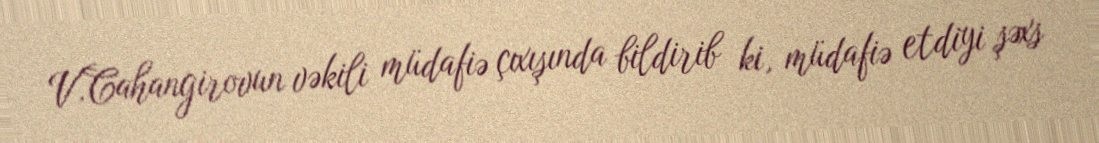
V.Cahangirovun vəkili müdafiə çıxışında bildirib ki, müdafiə etdiyi şəxs